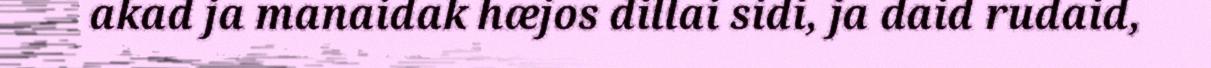
akad ja manaidak hæjos dillai sidi, ja daid rudaid,